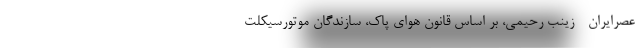
عصرایران - زینب رحیمی، بر اساس قانون هوای پاک، سازندگان موتورسیکلت